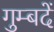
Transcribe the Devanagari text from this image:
गुम्बदें